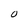
Character: 0